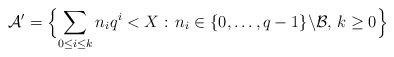
LaTeX: \begin{align*}\mathcal{A}'=\Bigl\{\sum_{0\le i \le k}n_i q^i< X:\,n_i\in\{0,\dots,q-1\}\backslash\mathcal{B},\,k\ge 0\Bigr\}\end{align*}